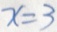
x = 3